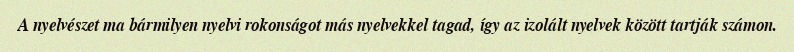
A nyelvészet ma bármilyen nyelvi rokonságot más nyelvekkel tagad, így az izolált nyelvek között tartják számon.